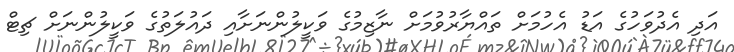
އަދި އެދުވަހުގެ އަޑު އެހުމަށް ތައްޔާރުވުމަށް ނާޒިމުގެ ވަކީލުންނަށާއި ދައުލަތުގެ ވަކީލުންނަށް ޗިޓް